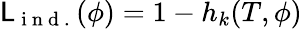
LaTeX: {\mathsf{L}}_{\mathrm{{~i~n~d~.~}}}(\phi)=1-h_{k}(T,\phi)